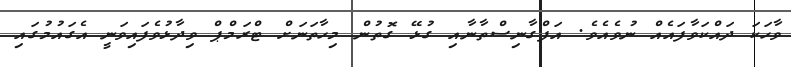
ވާހަކަ ދައްކަވާފައެއް ނުވެއެވެ. އަފްގާނިސްތާނާއި ގުޅޭ ގޮތުން މިހާތަނަށް ޓްރަމްޕް ވިދާޅުވެފައިވަނީ އެގައުމުގައި